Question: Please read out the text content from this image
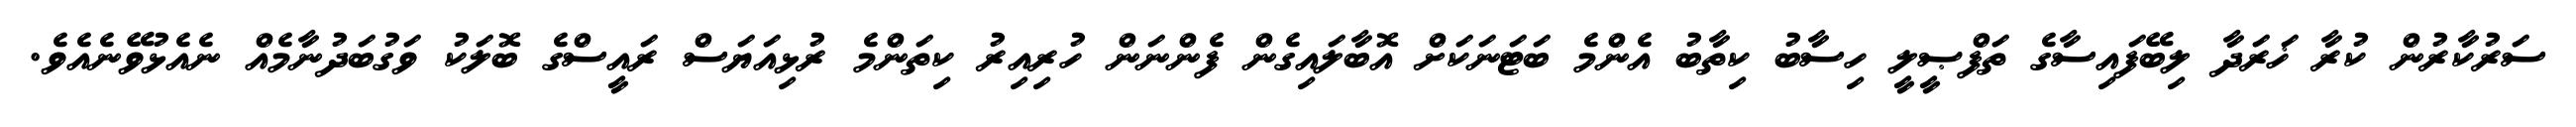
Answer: ސަރުކާރުން ކުރާ ޚަރަދާ ލިބޭފައިސާގެ ތަފްޞީލީ ހިސާބު ކިތާބު އެންމެ ބަޓަނަކަށް އޮބާލައިގެން ފެންނަން ހުރިއިރު ކިތަންމެ ރުޅިއަޔަސް ރައީސްގެ ބޮލަކު ވަގުބަދުނާމެއް ނެއެޅުވޭނެއެވެ.